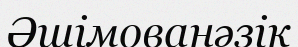
Әшімованәзік